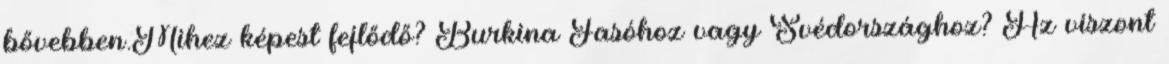
bővebben.Mihez képest fejlődő? Burkina Fasóhoz vagy Svédországhoz? Az viszont